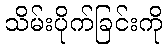
သိမ်းပိုက်ခြင်းကို